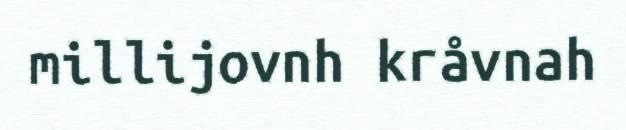
millijovnh kråvnah